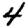
Digit: 4